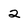
Character: 2